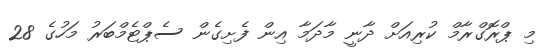
މި ޕްރޮގްރާމް ކުރިއަށް ދާނީ މާދަމާ އިން ފެށިގެން ސެޕްޓެމްބަރު މަހުގެ 28